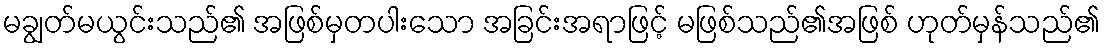
မချွတ်မယွင်းသည်၏ အဖြစ်မှတပါးသော အခြင်းအရာဖြင့် မဖြစ်သည်၏အဖြစ် ဟုတ်မှန်သည်၏